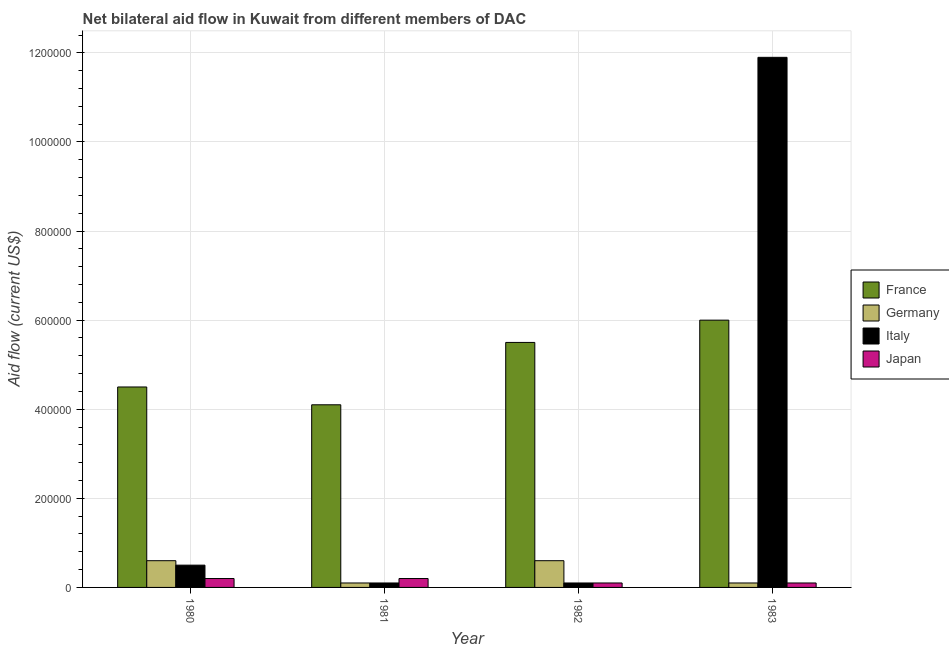
| Year | France | Germany | Italy | Japan |
 | --- | --- | --- | --- | --- |
 | 1980 | 4.5e+05 | 6e+04 | 5e+04 | 2e+04 |
 | 1981 | 4.1e+05 | 1e+04 | 1e+04 | 2e+04 |
 | 1982 | 5.5e+05 | 6e+04 | 1e+04 | 1e+04 |
 | 1983 | 6e+05 | 1e+04 | 1.19e+06 | 1e+04 |